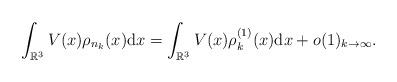
LaTeX: \begin{align*}\int_{\mathbb{R}^{3}}V(x)\rho_{n_{k}}(x){\rm d}x = \int_{\mathbb{R}^{3}}V(x)\rho_{k}^{(1)}(x){\rm d}x + o(1)_{k\to\infty}.\end{align*}